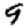
Digit: 9